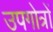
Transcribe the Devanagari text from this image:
उपगोत्रों